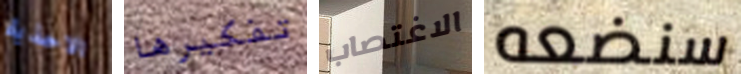
الاحذية تفكيرها الاغتصاب سنضعه